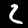
Label: 2